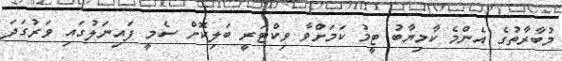
މުބާރާތުގެ އެންމެ ކާމިޔާބު ޓީމު ކަމަށްވާ ވިކްޓަރީ ބަލިކޮށް ސެމީ ފައިނަލުގައި ވަރުގަދަ